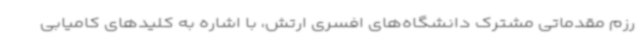
رزم مقدماتی مشترک دانشگاه‌های افسری ارتش، با اشاره به کلیدهای کامیابی